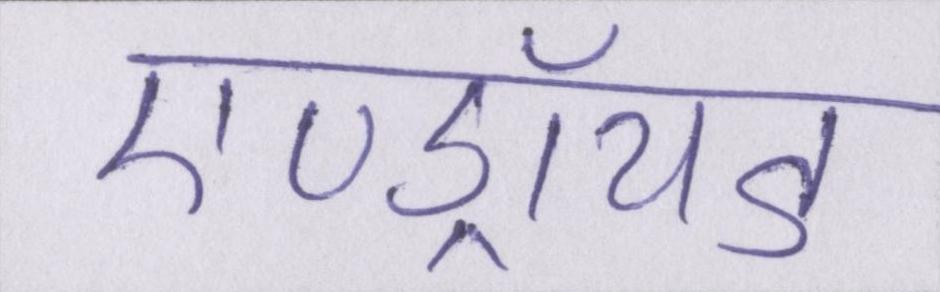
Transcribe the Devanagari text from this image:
एण्ड्रॉयड